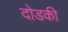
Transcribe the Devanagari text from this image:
दोडकी